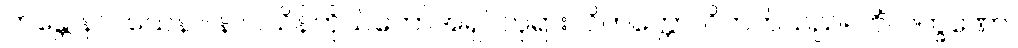
ဘန္တေ နာဂသေနာ၊ နာဂသိန်ကိုယ်တော်အရှင်ဘုရား။ ဝိတက္ကော၊ ဝိတက်သည်။ ကိံလက္ခဏော၊